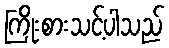
ကြိုးစားသင့်ပါသည်